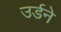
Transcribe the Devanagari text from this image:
उर्डने